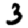
Digit: 3